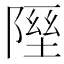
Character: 𨻋